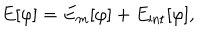
LaTeX: E [ \varphi ] = E _ { m } [ \varphi ] + E _ { \mathrm { i n t } } [ \varphi ] ,